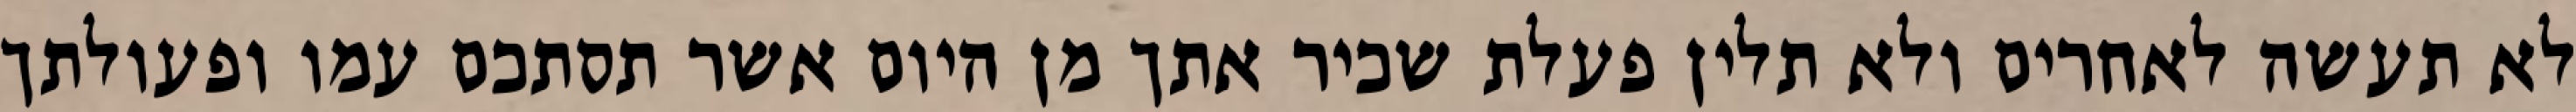
לא תעשה לאחרים ולא תלין פעלת שכיר אתך מן היום אשר תסתכם עמו ופעולתך